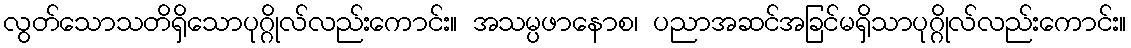
လွတ်သောသတိရှိသောပုဂ္ဂိုလ်လည်းကောင်း။ အသမ္ပဖာနောစ၊ ပညာအဆင်အခြင်မရှိသာပုဂ္ဂိုလ်လည်းကောင်း။